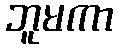
ဘူမကာ